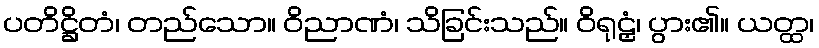
ပတိဋ္ဌိတံ၊ တည်သော။ ဝိညာဏံ၊ သိခြင်းသည်။ ဝိရုဠှံ၊ ပွား၏။ ယတ္ထ၊